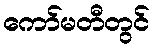
ကော်မတီတွင်